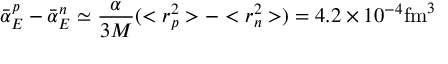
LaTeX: \bar { \alpha } _ { E } ^ { p } - \bar { \alpha } _ { E } ^ { n } \simeq { \frac { \alpha } { 3 M } } ( < r _ { p } ^ { 2 } > - < r _ { n } ^ { 2 } > ) = 4 . 2 \times 1 0 ^ { - 4 } \mathrm { f m } ^ { 3 }